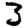
Digit: 3